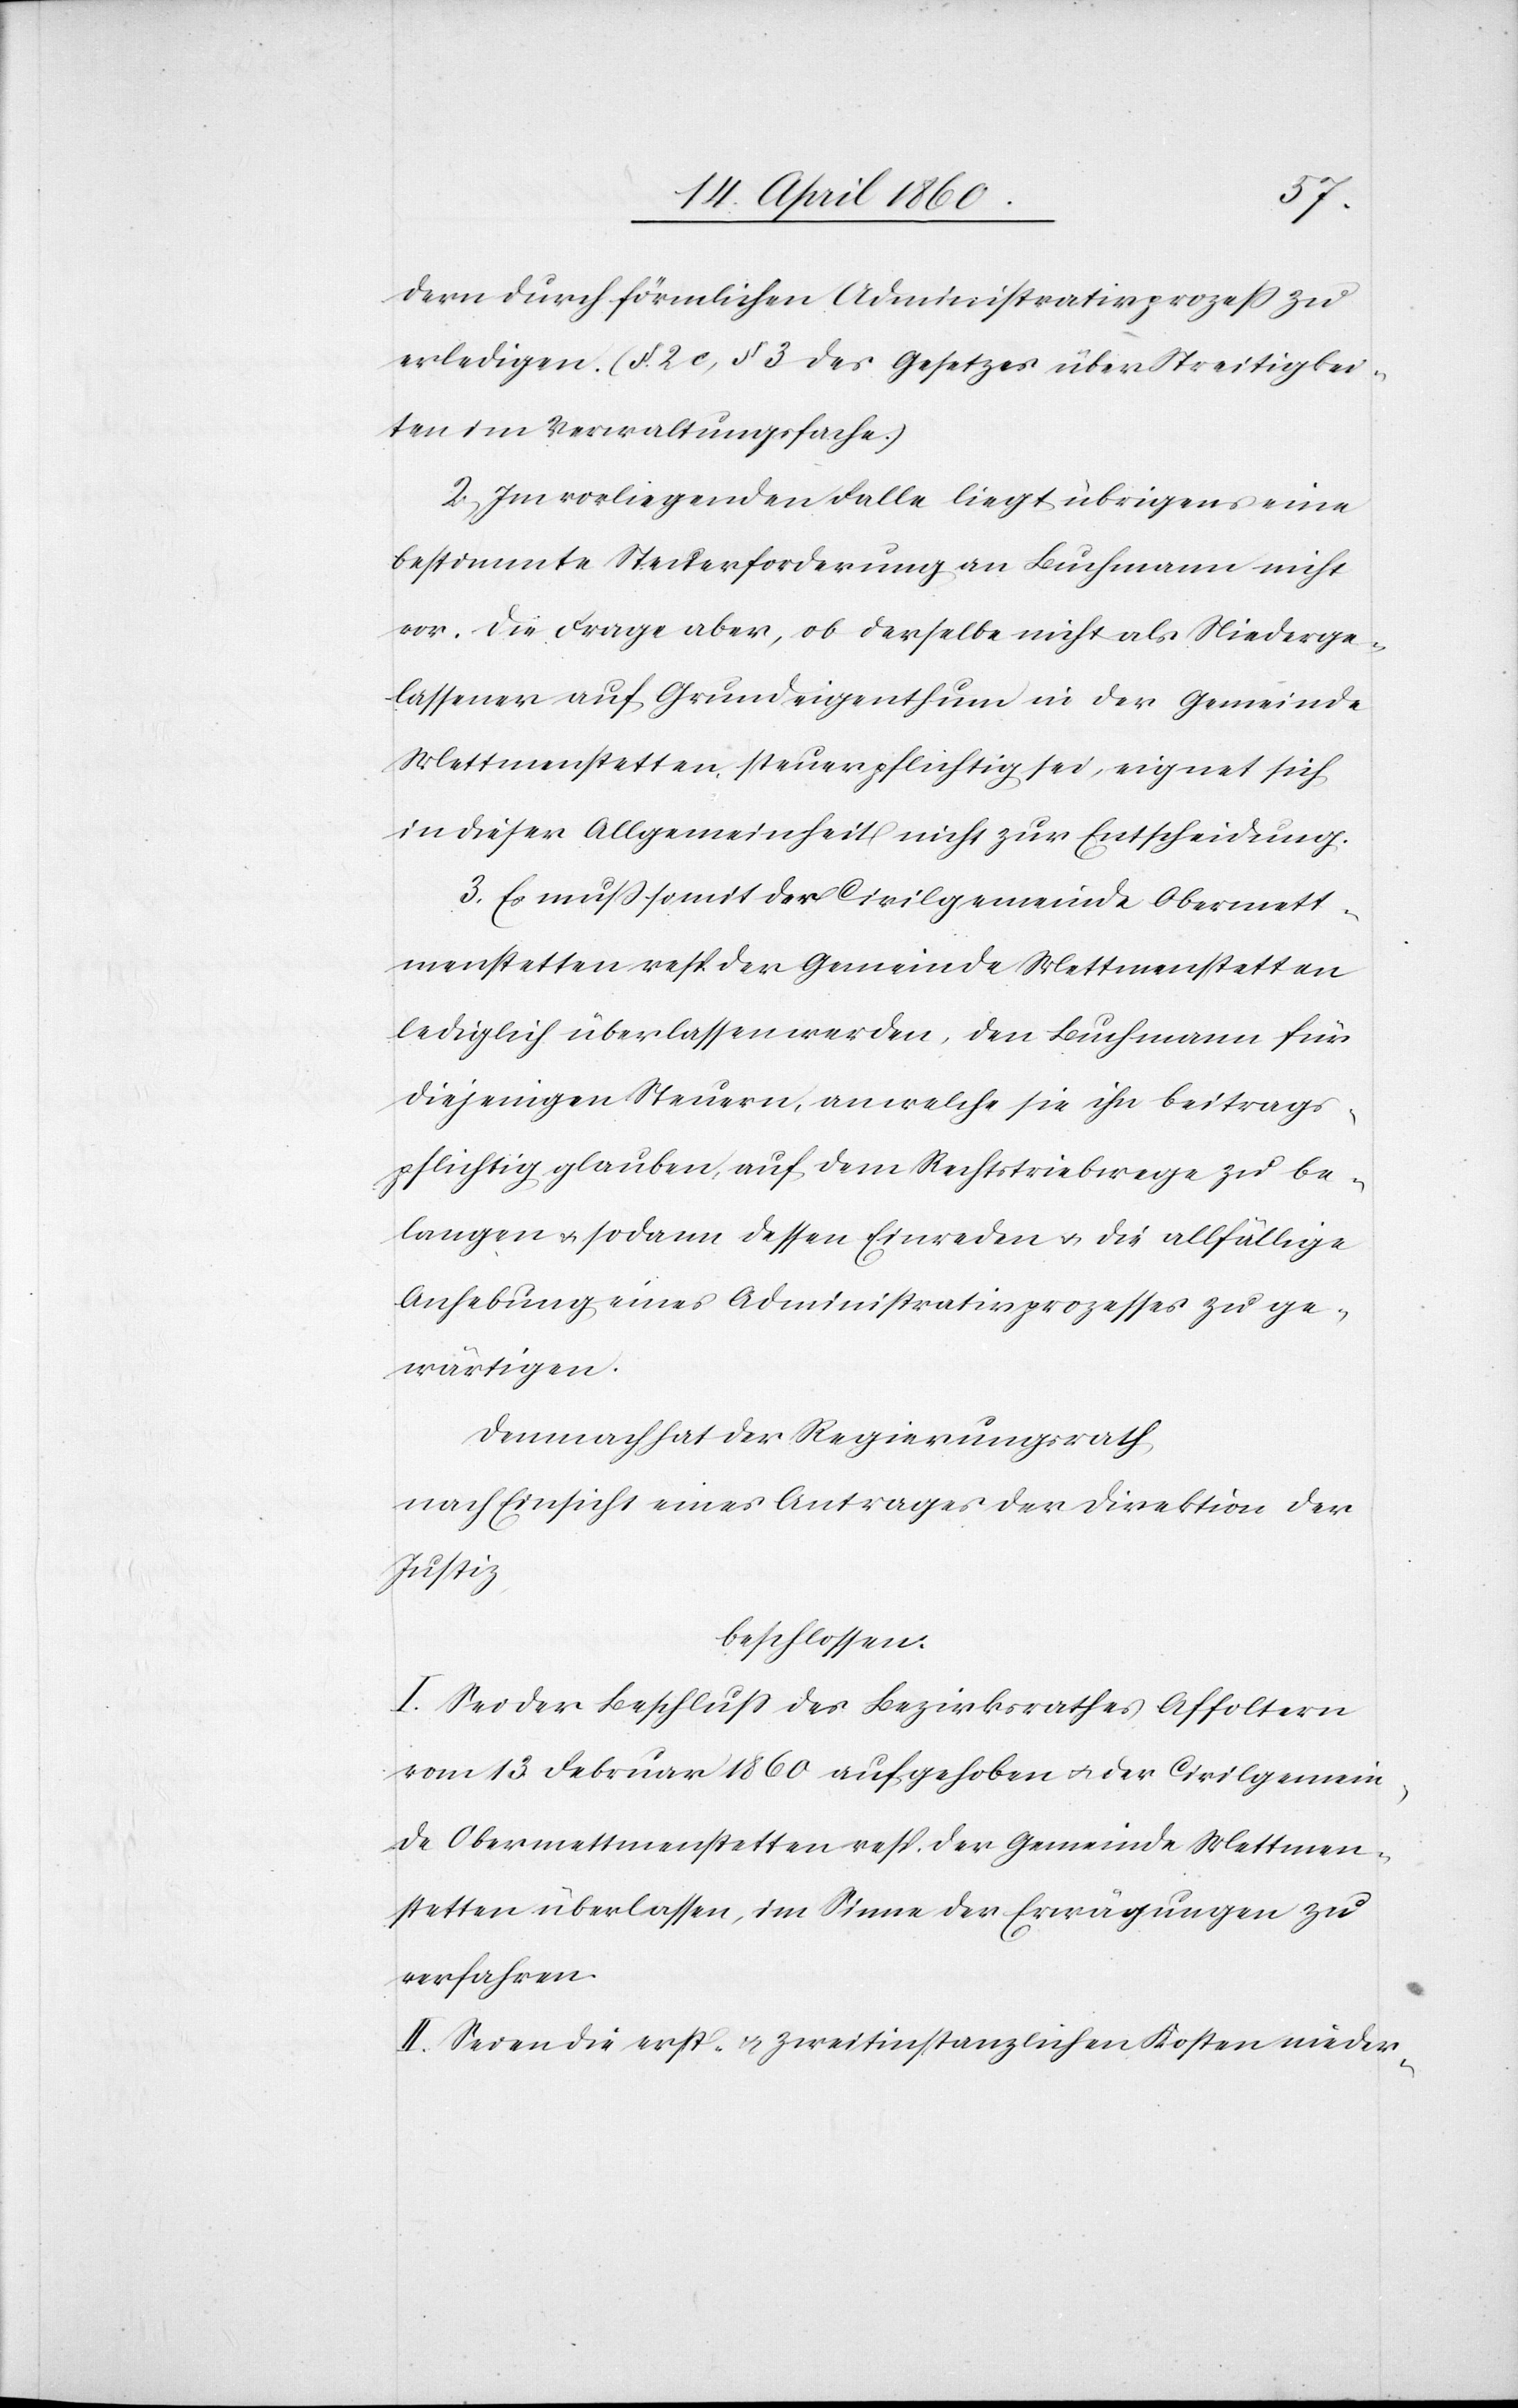
dern durch förmlichen Administrativprozess zu
erledigen. (§. 2. c., §. 3. des Gesetzes über Streitigkei¬
ten im Verwaltungsfache.)
2. Im vorliegenden Falle liegt übrigens eine
bestimmte Steuerforderung an Buchmann nicht
vor. Die Frage aber, ob derselbe nicht als Niederge¬
lassener auf Grundeigenthum in der Gemeinde
Mettmenstetten steuerpflichtig sei, eignet sich
in dieser Allgemeinheit nicht zur Entscheidung.
3. Es muss somit der Civilgemeinde Obermett¬
menstetten resp. der Gemeinde Mettmenstetten
lediglich überlassen werden, den Buchmann für
diejenigen Steuern, an welche sie ihn beitrags¬
pflichtig glauben, auf dem Rechtstreibwege zu be¬
langen u. sodann dessen Einreden u. die allfällige
Anhebung eines Administrativprozesses zu ge¬
wärtigen.
Demnach hat der Regierungsrath,
nach Einsicht eines Antrages der Direktion der
Justiz
beschlossen:
I. Sei der Beschluss des Bezirksrathes Affoltern
vom 13. Februar 1860 aufgehoben u. der Civilgemein¬
de Obermettmenstetten resp. der Gemeinde Mettmen¬
stetten überlassen, im Sinne der Erwägungen zu
verfahren.
II. Seien die erst- u. zweitinstanzlichen Kosten nieder-